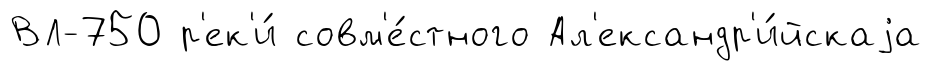
ВЛ-750 р'ек'и́ совм'е́стного Ал'ександр'и́йскаjа